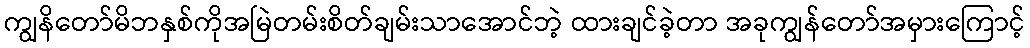
ကျွနိတော်မိဘနှစ်ကိုအမြဲတမ်းစိတ်ချမ်းသာအောင်ဘဲ့ ထားချင်ခဲ့တာ အခုကျွန်တော်အမှားကြောင့်